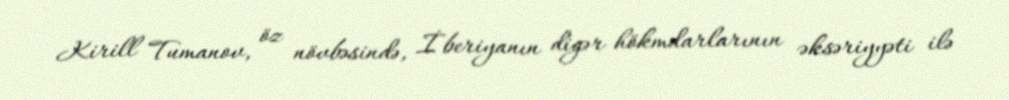
Kirill Tumanov, öz növbəsində, İberiyanın digər hökmdarlarının əksəriyyəti ilə